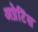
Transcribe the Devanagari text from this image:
अप्रेटिंस